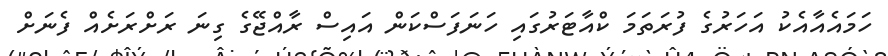
ހަމައެއާއެކު އަހަރުގެ ފުރަތަމަ ކްއާޓަރުގައި ހަނަފަސްކަން އައިސް ރާއްޖޭގެ ގިނަ ރަށްރަށެއް ފެނަށް